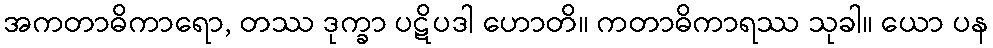
အကတာဓိကာရော, တဿ ဒုက္ခာ ပဋိပဒါ ဟောတိ။ ကတာဓိကာရဿ သုခါ။ ယော ပန